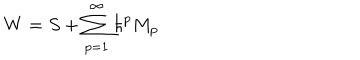
W = S + \sum _ { p = 1 } ^ { \infty } \hbar ^ { p } M _ { p }